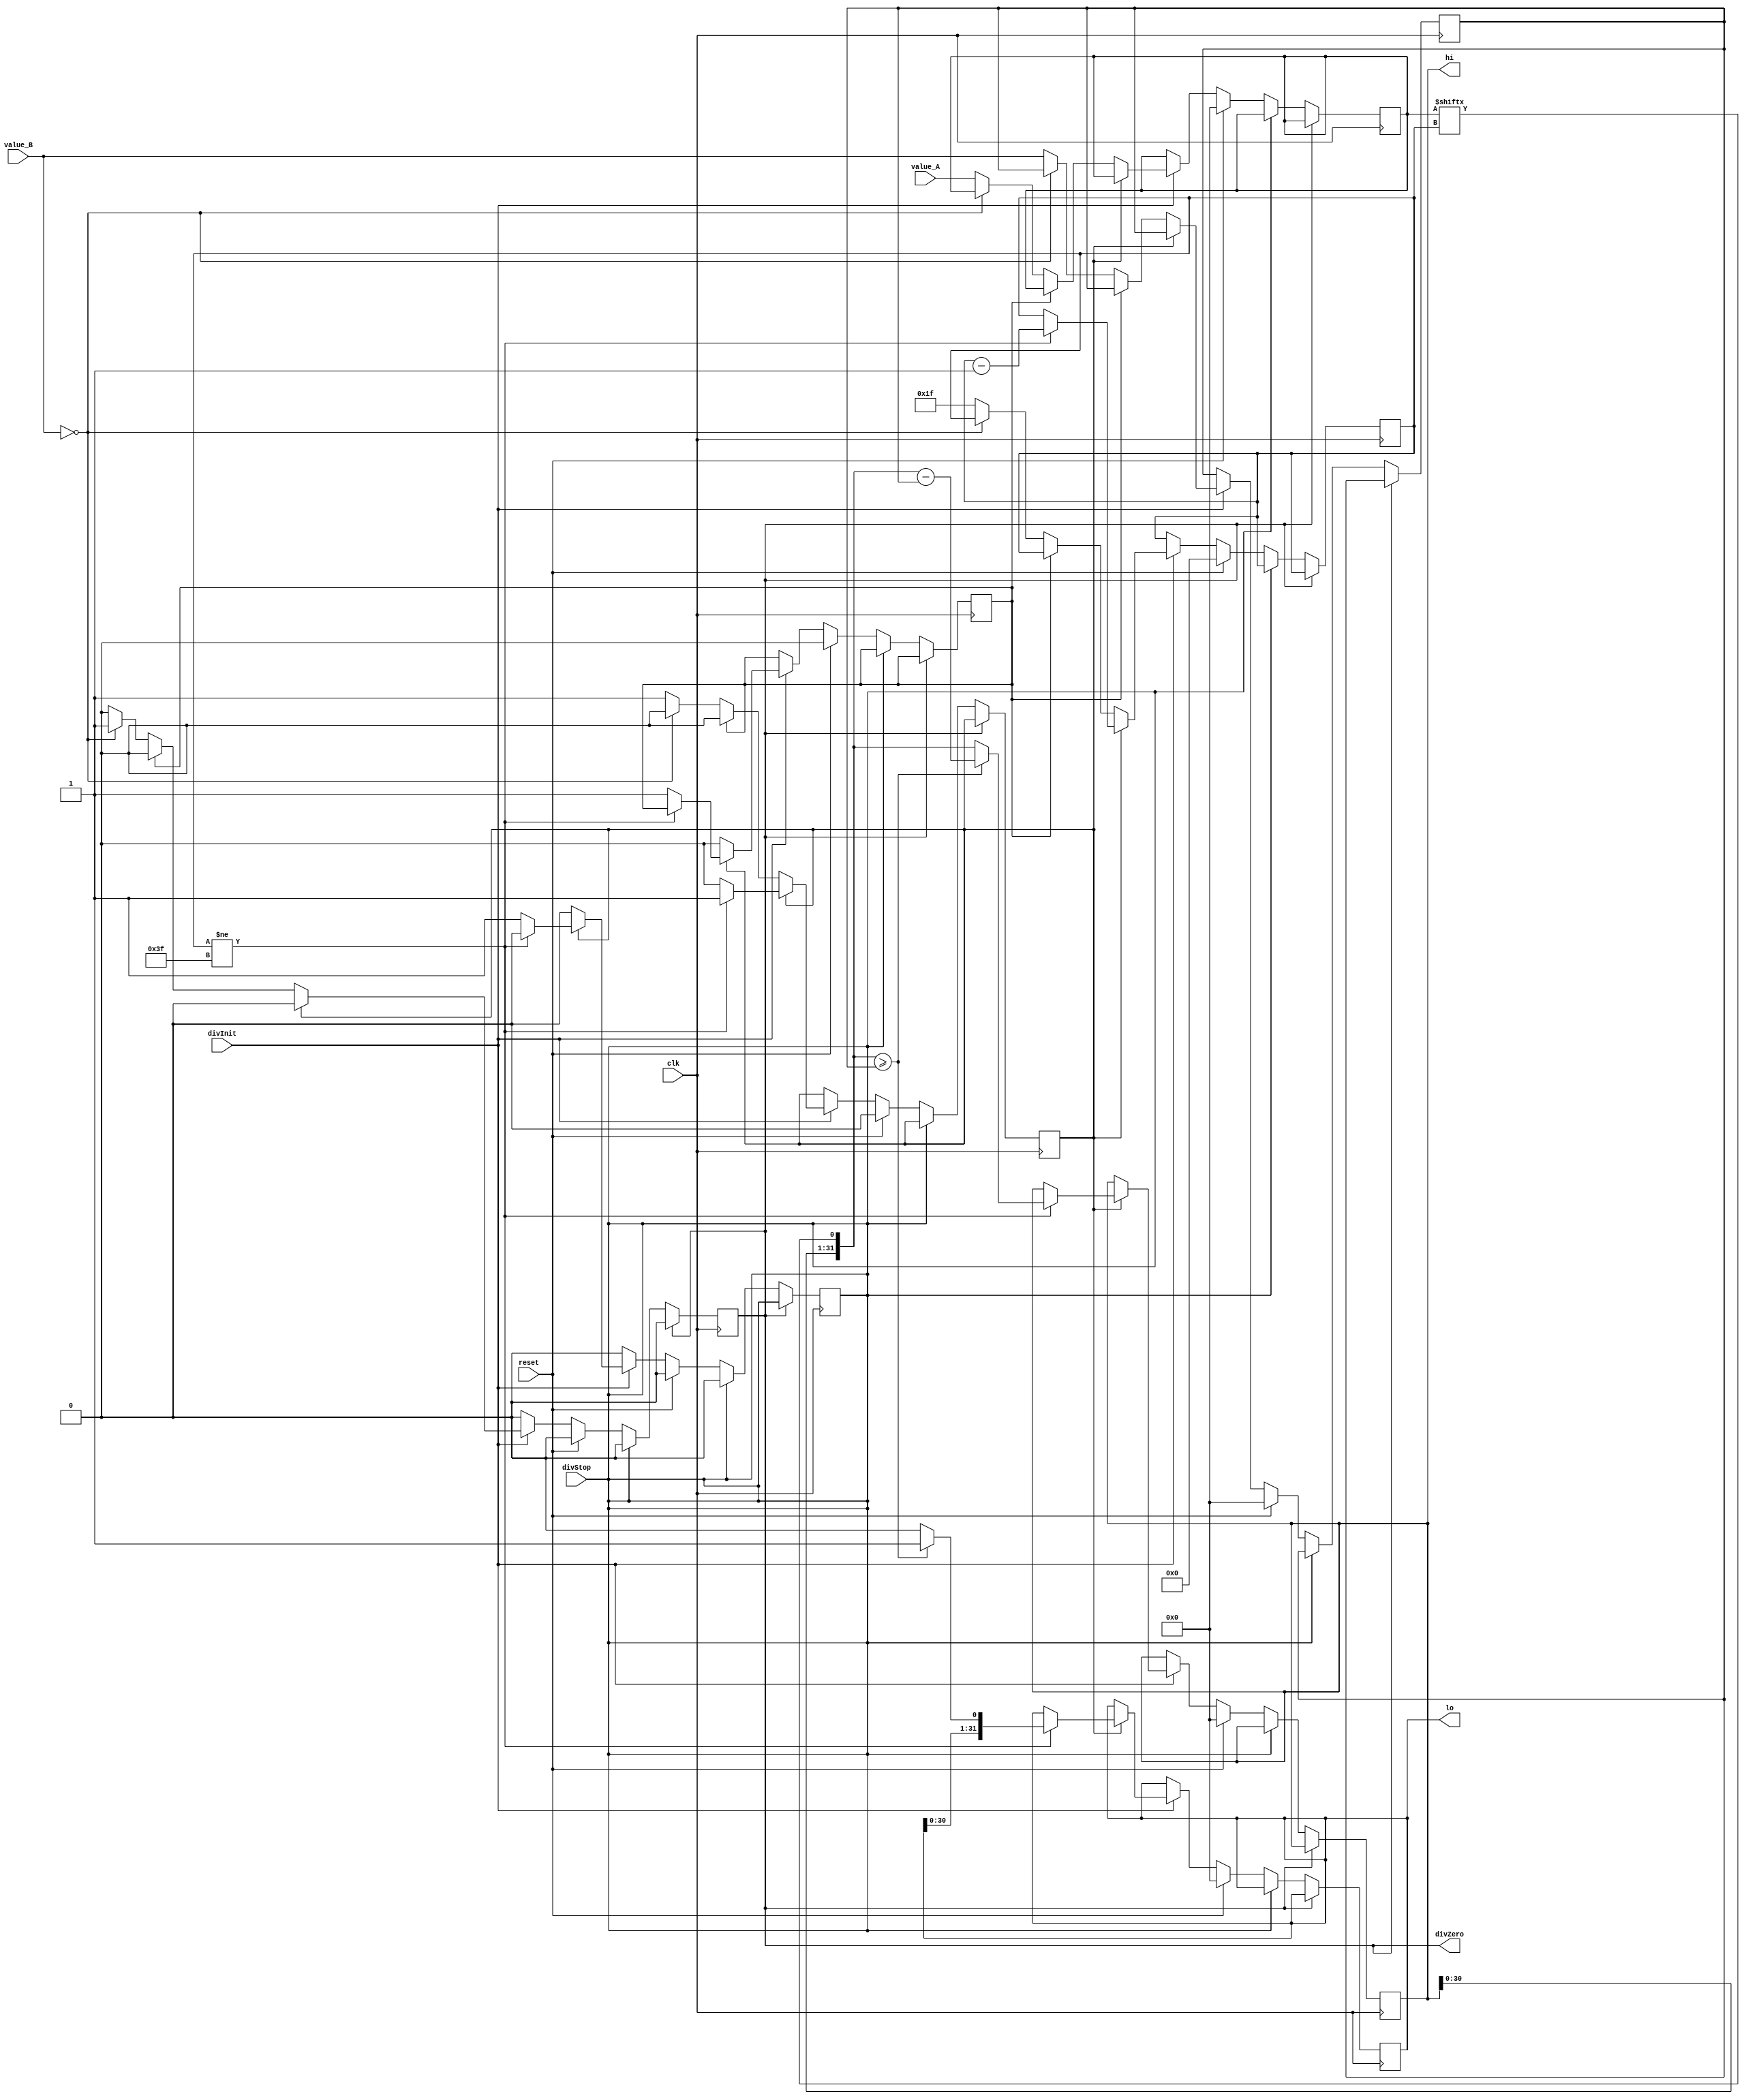
module div (
    input wire [31:0] value_A,
    input wire [31:0] value_B,
    input wire clk,
    input wire divInit,
    input wire divStop,
    input wire reset,
    output wire divZero,
    output wire [31:0] hi,
    output wire [31:0] lo
);
/*
 shift divisor right and compare it with current dividend 
 if divisor is larger, shift 0 as the next bit of the quotient 
 if divisor is smaller, subtract to get new dividend and shift 1 as the next bit of the quotient
*/	
    reg divRun,fim,stop,erroDivZero;
    reg [31:0] resto,divisor;
    reg [31:0] dividendo,quociente;
    reg [5:0] digitoAtual;
    reg [5:0] c;

    assign hi = resto;
	assign lo = quociente;

    assign divStop = stop;
    assign divZero = erroDivZero;
    always @ (posedge clk) begin
        if(divZero)begin
		    erroDivZero = 0;
	    end
        else if(divStop)begin
			stop = 0;
		end
		else if (reset)begin
			resto=32'b0;
			divisor=32'b0;
			dividendo=32'b0;
			quociente=32'b0;
			digitoAtual=5'b0;
			c=5'b0;
			fim = 0;
			divRun = 0;
            stop = 0;
		end
        else if(divInit)begin
            if(divRun)begin
                if(digitoAtual!=6'b111111)begin//-1
                    resto = {resto[30:0],dividendo[digitoAtual]};
                    if(resto>=divisor)begin
                        resto = resto - divisor;
                        quociente = {quociente[30:0],1'b1};  
                    end
                    else begin
                        quociente = {quociente[30:0],1'b0};
                    end
                    digitoAtual <= digitoAtual-1'b1;
                    c <= c+1'b1;
                end
                else begin
                    divRun=0;
                    fim=1;
                    stop = 1;
                end
            end
            else begin
                if(fim==0)begin
                    if(value_B==32'b0 )begin
			            erroDivZero = 1;
		            end
		            else begin
                        dividendo = value_A;
                        divisor  = value_B;
                        digitoAtual = 5'b11111;//31
                        divRun = 1;
                    end
                end
                else begin
                    fim = 0;
                end
            end
        end
    end
endmodule